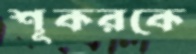
শূকরকে